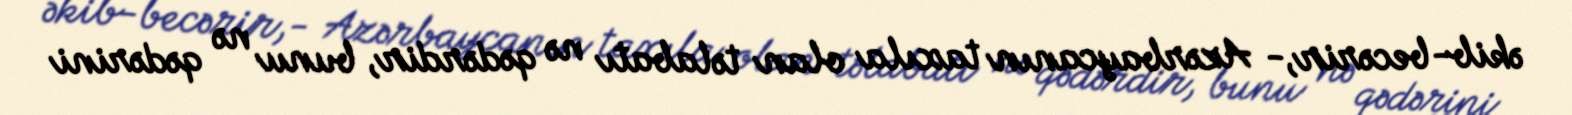
əkib-becərir,- Azərbaycanın taxıla olan təlabatı nə qədərdir, bunu nə qədərini